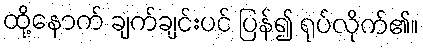
ထို့နောက် ချက်ချင်းပင် ပြန်၍ ရုပ်လိုက်၏။